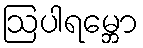
ဩပါရမ္ဘော